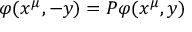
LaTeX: \varphi ( x ^ { \mu } , - y ) = { \cal P } \varphi ( x ^ { \mu } , y )